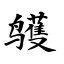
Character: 鹱